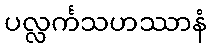
ပလ္လင်္ကသဟဿာနံ